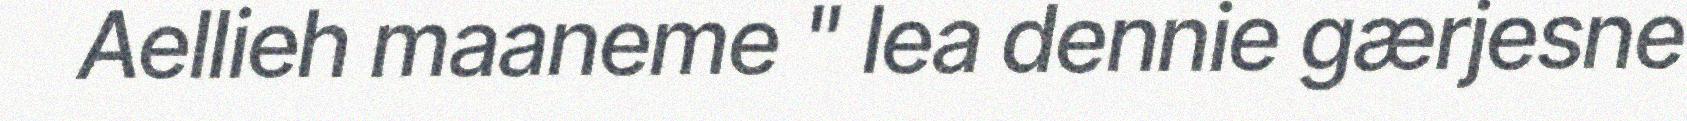
Aellieh maaneme " lea dennie gærjesne